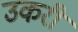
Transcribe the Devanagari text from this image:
उकरी